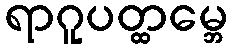
ရာဂူပတ္ထမ္ဘေ